Report of the Indian Hemp Drugs Commission, 1894-1895 - Volume V
Year: 1894
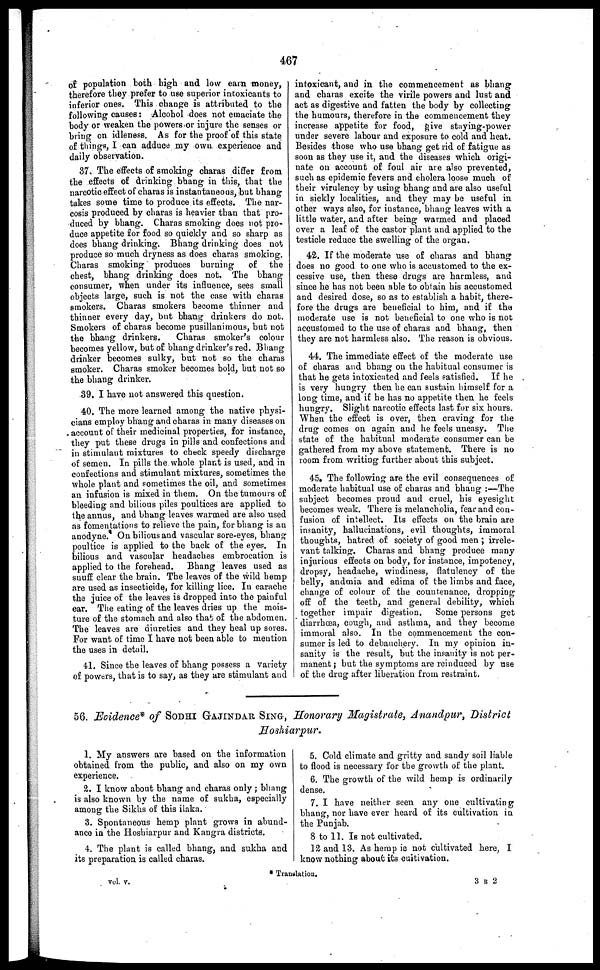
467
of population both high and low earn money,
therefore they prefer to use superior intoxicants to
inferior ones. This change is attributed to the
following causes: Alcohol does not emaciate the
body or weaken the powers or injure the senses or
bring on idleness. As for the proof of this state
of tilings, I can adduce my own experience and
daily observation.
37. The effects of smoking charas differ from
the effects of drinking bhang in this, that the
narcotic effect of charas is instantaneous, but bhang
takes some time to produce its effects. The nar-
cosis produced by charas is heavier than that pro-
duced by bhang. Charas smoking does not pro-
duce appetite for food so quickly and so sharp as
does bhang drinking. Bhang drinking does not
produce so much dryness as does charas smoking.
Charas smoking produces burning
of the
chest, bhang drinking does not. The bhang
consumer, when under its influence, sees small
objects large, such is not the case with charas
smokers. Charas smokers become thinner and
thinner every day, but bhang drinkers do not.
Smokers of charas become pusillanimous, but not
the bhang drinkers.
Charas smoker's colour
becomes yellow, but of bhang drinker's red. Bhang
drinker becomes sulky, but not so the charas
smoker. Charas smoker becomes bold, but not so
the bhang drinker.
39. I have not answered this question.
40. The more learned among the native physi-
cians employ bhang and charas in many diseases on
account of their medicinal properties, for instance,
they put these drugs in pills and confections and
in stimulant mixtures to check speedy discharge
of semen. In pills the whole plant is used, and in
confections and stimulant mixtures, sometimes the
whole plant and sometimes the oil, and sometimes
an infusion is mixed in them. On the tumours of
bleeding and bilious piles poultices are applied to
the annus, and bhang leaves warmed are also used
as fomentations to relieve the pain, for bhang is an
anodyne. On bilious and vascular sore-eyes, bhang
poultice is applied to the back of the eyes. In
bilious and vascular headaches embrocation is
applied to the forehead. Bhang leaves used as
snuff clear the brain. The leaves of the wild hemp
are used as insecticide, for killing lice. In earache
the juice of the leaves is dropped into the painful
ear. The eating of the leaves dries up the mois-
ture of the stomach and also that of the abdomen.
The leaves are diuretics and they heal up sores.
For want of time I have not been able to mention
the uses in detail.
41. Since the leaves of bhang possess a variety
of powers, that is to say, as they are stimulant and
intoxicant, and in the commencement as bhang
and charas excite the virile powers and lust and
act as digestive and fatten the body by collecting
the humours, therefore in the commencement they
increase appetite for food, give staying-power
under severe labour and exposure to cold and heat.
Besides those who use bhang get rid of fatigue as
soon as they use it, and the diseases which origi-
nate on account of foul air are also prevented,
such as epidemic fevers and cholera loose much of
their virulency by using bhang and are also useful
in sickly localities, and they may be useful in
other ways also, for instance, bhang leaves with a
little water, and after being warmed and placed
over a leaf of the castor plant and applied to the
testicle reduce the swelling of the organ.
42. If the moderate use of charas and bhang
does no good to one who is accustomed to the ex-
cessive use, then these drugs are harmless, and
since he has not been able to obtain his accustomed
and desired dose, so as to establish a habit, there-
fore the drugs are beneficial to him, and if the
moderate use is not beneficial to one who is not
accustomed to the use of charas and bhang, then
they are not harmless also. The reason is obvious.
44. The immediate effect of the moderate use
of charas and bhang on the habitual consumer is
that he gets intoxicated and feels satisfied. If he
is very hungry then he can sustain himself for a
long time, and if he has no appetite then he feels
hungry. Slight narcotic effects last for six hours.
When the effect is over, then craving for the
drug comes on again and he feels uneasy. The
state of the habitual moderate consumer can be
gathered from my above statement. There is no
room from writing further about this subject.
45. The following are the evil consequences of
moderate habitual use of charas and bhang :—The
subject becomes proud and cruel, his eyesight
becomes weak. There is melancholia, fear and con-
fusion of intellect. Its effects on the brain are
insanity, hallucinations, evil thoughts, immoral
thoughts, hatred of society of good men ; irrele-
vant talking. Charas and bhang produce many
injurious effects on body, for instance, impotency,
dropsy, headache, windiness, flatulency of the
belly, andmia and edima of the limbs and face,
change of colour of the countenance, dropping
off of the teeth, and general debility, which
together impair digestion. Some persons get
diarrhoea, cough, and asthma, and they become
immoral also. In the commencement the con-
sumer is led to debauchery. In my opinion in-
sanity is the result, but the insanity is not per-
manent ; but the symptoms are reinduced by use
of the drug after liberation from restraint.
56. Evidence* of SODHI GAJINDAR SING, Honorary Magistrate, Anandpur, District
Hoshiarpur.
1. My answers are based on the information
obtained from the public, and also on my own
experience.
2. I know about bhang and charas only; bhang
is also known by the name of sukha, especially
among the Sikhs of this ilaka.
3. Spontaneous hemp plant grows in abund-
ance in the Hoshiarpur and Kangra districts.
4. The plant is called bhang, and sukha and
its preparation is called charas.
5. Cold climate and gritty and sandy soil liable
to flood is necessary for the growth of the plant.
6. The growth of the wild hemp is ordinarily
dense.
7. I have neither seen any one cultivating
bhang, nor have ever heard of its cultivation in
the Punjab.
8 to 11. Is not cultivated.
12 and 13. As hemp is not cultivated here, I
know nothing about its cultivation.
Vol. v.
* Translation.
3 R 2